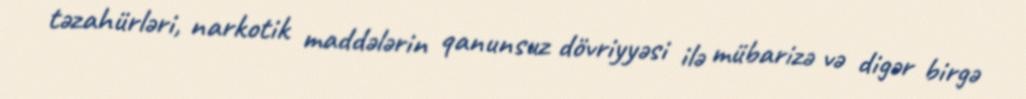
təzahürləri, narkotik maddələrin qanunsuz dövriyyəsi ilə mübarizə və digər birgə